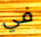
في